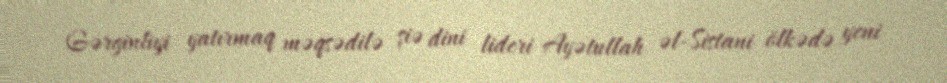
Gərginliyi yatırmaq məqsədilə şiə dini lideri Ayətullah əl-Sistani ölkədə yeni